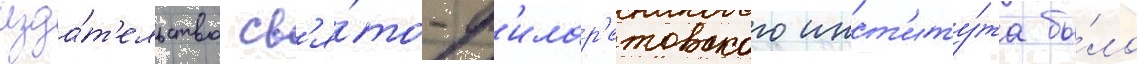
Изда́т'ельство св'я́то-ф'илар'етовского инст'иту́та бы́ло